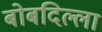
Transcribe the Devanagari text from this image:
बोबदिल्ला